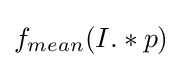
f_{mean}(I.*p)